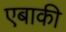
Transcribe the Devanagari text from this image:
एबाकी